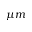
\mu m